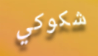
شكوكي